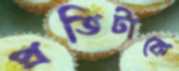
প্রতিটাকে